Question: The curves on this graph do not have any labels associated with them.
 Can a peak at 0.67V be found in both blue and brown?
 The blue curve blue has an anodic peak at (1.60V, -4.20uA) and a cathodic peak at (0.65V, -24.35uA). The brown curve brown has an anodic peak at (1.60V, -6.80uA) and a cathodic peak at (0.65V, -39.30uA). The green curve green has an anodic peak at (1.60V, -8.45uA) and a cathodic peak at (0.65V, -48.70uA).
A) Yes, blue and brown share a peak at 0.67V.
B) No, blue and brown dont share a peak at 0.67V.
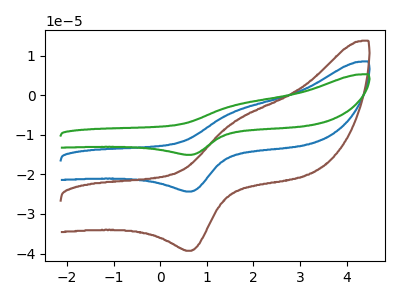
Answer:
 <answer>A) Yes, "blue" and "brown" share a peak at 0.67V.</answer>
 <eval>A</eval>